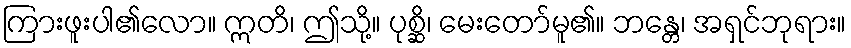
ကြားဖူးပါ၏လော။ ဣတိ၊ ဤသို့။ ပုစ္ဆိ၊ မေးတော်မူ၏။ ဘန္တေ၊ အရှင်ဘုရား။